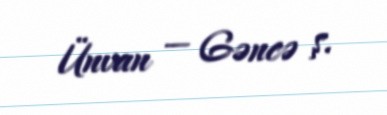
Ünvan — Gəncə ş.